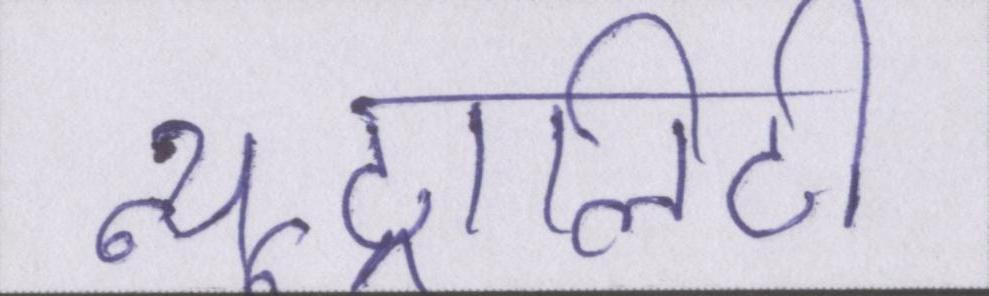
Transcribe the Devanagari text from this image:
न्यूट्रालिटी